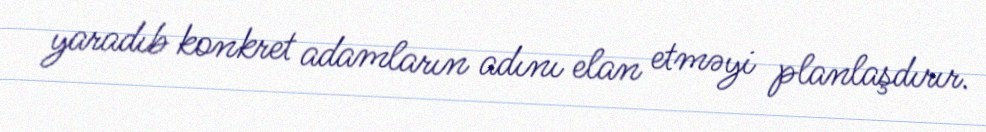
yaradıb konkret adamların adını elan etməyi planlaşdırır.